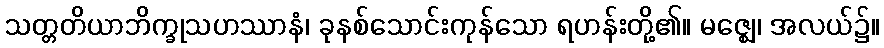
သတ္တတိယာဘိက္ခုသဟဿာနံ၊ ခုနစ်သောင်းကုန်သော ရဟန်းတို့၏။ မဇ္ဈေ၊ အလယ်၌။